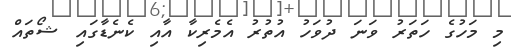
މި މަހުގެ ހަތަރު ވަނަ ދުވަހު އުތުރު އެމެރިކާ އާއި ކެނެޑާގައި ޝޯތައް